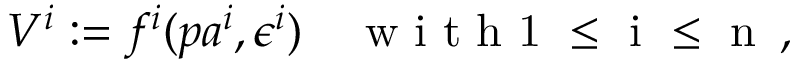
V ^ { i } : = f ^ { i } ( p a ^ { i } , \epsilon ^ { i } ) \quad \mathrm { ~ w ~ i ~ t ~ h ~ 1 ~ \leq ~ i ~ \leq ~ n ~ } \, ,